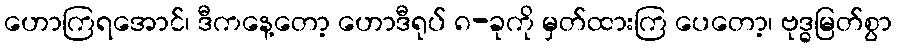
ဟောကြရအောင်၊ ဒီကနေ့တော့ ဟောဒီရုပ် ၈-ခုကို မှတ်ထားကြ ပေတော့၊ ဗုဒ္ဓမြတ်စွာ